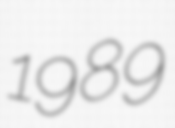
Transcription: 1989